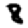
Digit: 8